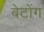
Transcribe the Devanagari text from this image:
बेटोंग